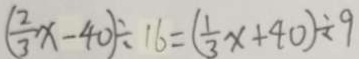
( \frac { 2 } { 3 } x - 4 0 ) \div 1 6 = ( \frac { 1 } { 3 } x + 4 0 ) \div 9